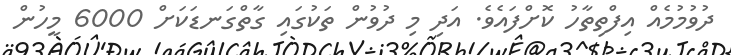
ދުވުމުމެއް އިފްތިތާހު ކޮށްފައެވެ. އަދި މި ދުވުން ތަކުގައި ގާތްގަނޑަކަށް 6000 މީހުން